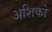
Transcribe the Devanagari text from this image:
अशिको